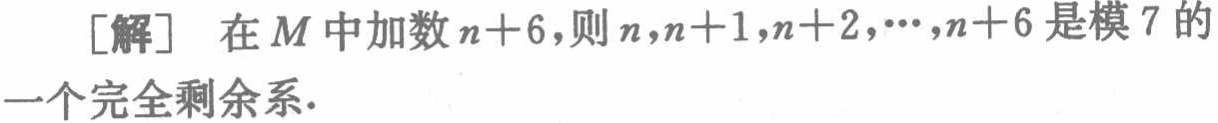
[解] 在 \(M\) 中加数 \(n + 6\)，则 \(n,n + 1,n + 2,\cdots,n + 6\) 是模 \(7\) 的一个完全剩余系.